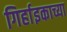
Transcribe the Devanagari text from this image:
गिर्हाइकाच्या